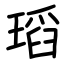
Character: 瑫